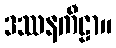
ဒဿနကီဠာ။